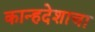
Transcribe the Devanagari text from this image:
कान्हदेशाचा